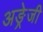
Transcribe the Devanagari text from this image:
अङ्रेजी